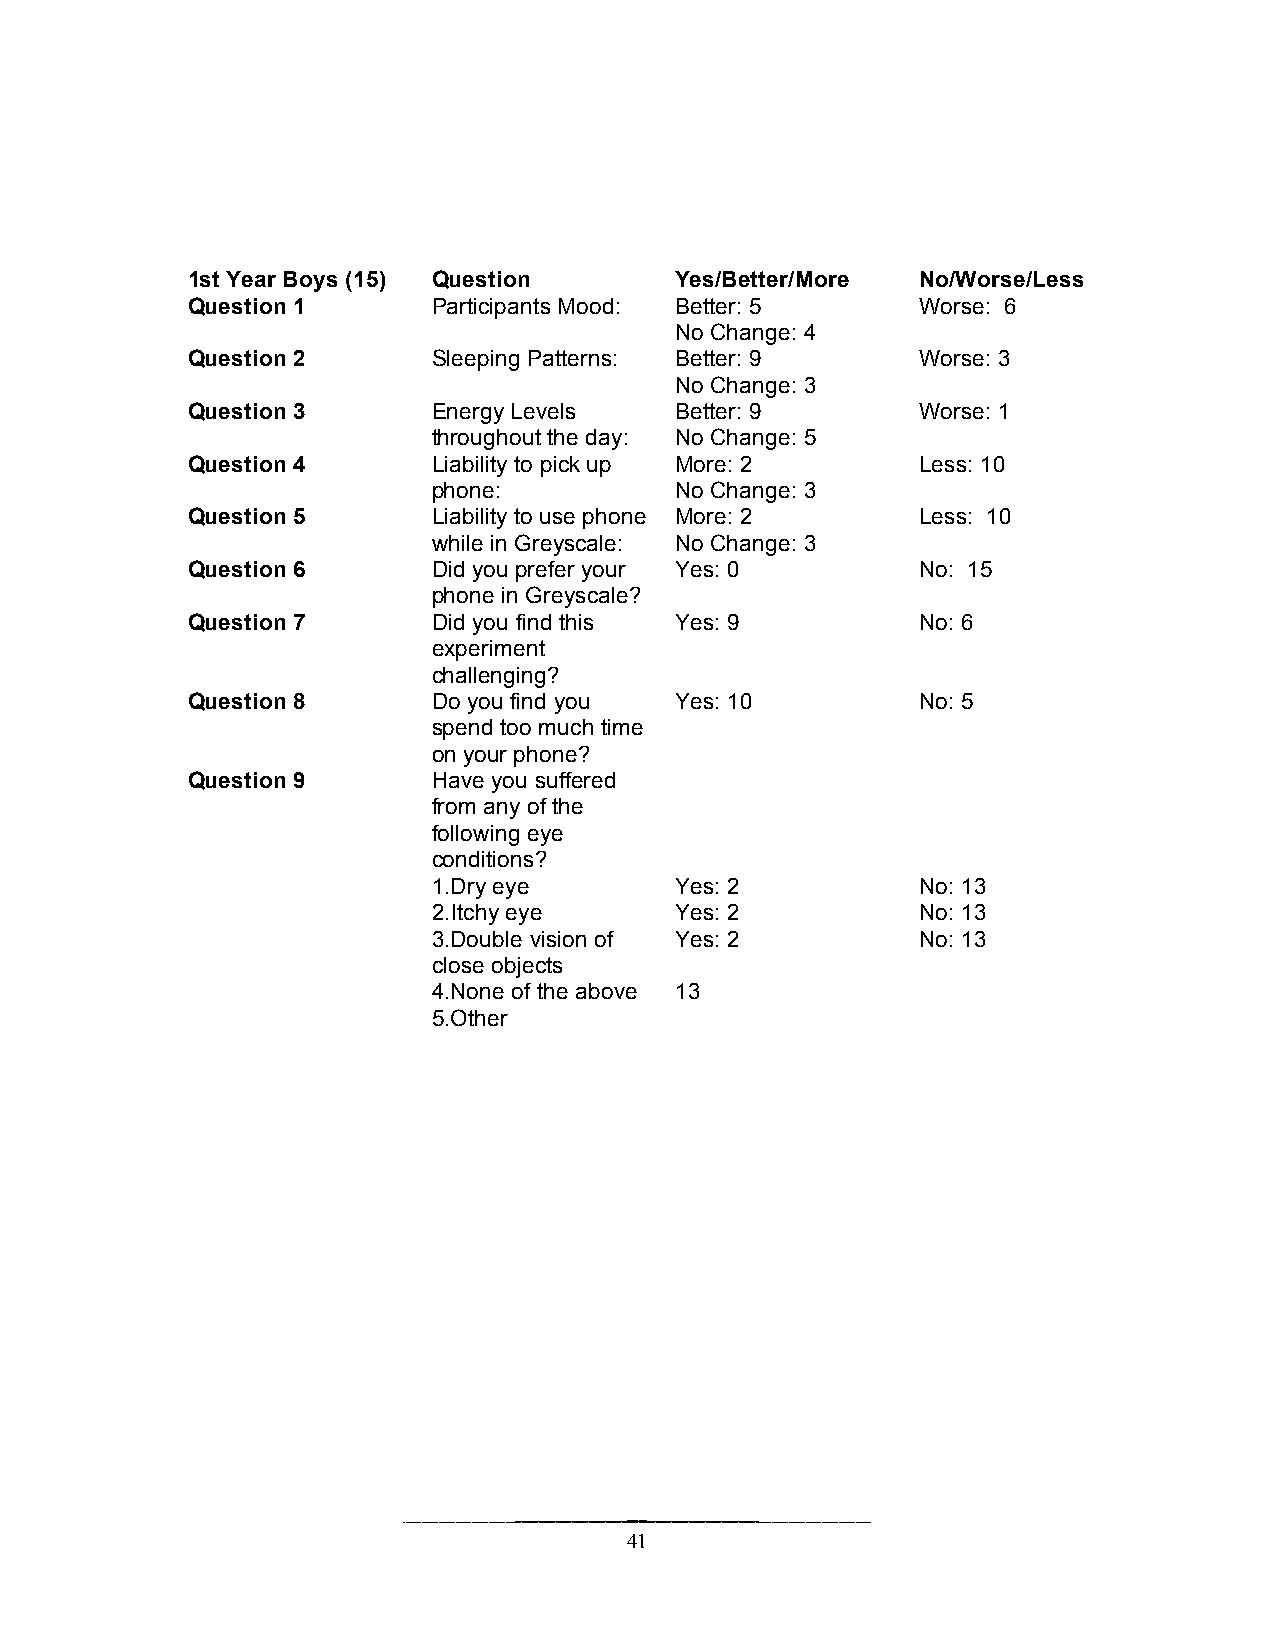
1st Year Boys (15) Question      Yes/Better/More No/Worse/Less
 Question 1       Participants Mood: Better: 5    Worse: 6
 No Change: 4
 Question 2       Sleeping Patterns: Better: 9    Worse: 3
 No Change: 3
 Question 3       Energy Levels   Better: 9       Worse: 1
 throughout the day: No Change: 5
 Question 4       Liability to pick up More: 2    Less: 10
 phone:          No Change: 3
 Question 5       Liability to use phone More: 2  Less: 10
 while in Greyscale: No Change: 3
 Question 6       Did you prefer your Yes: 0      No: 15
 phone in Greyscale?
 Question 7       Did you find this Yes: 9        No: 6
 experiment
 challenging?
 Question 8       Do you find you Yes: 10         No: 5
 spend too much time
 on your phone?
 Question 9       Have you suffered
 from any of the
 following eye
 conditions?
 1.Dry eye       Yes: 2          No: 13
 2.Itchy eye     Yes: 2          No: 13
 3.Double vision of Yes: 2       No: 13
 close objects
 4.None of the above 13
 5.Other
 41